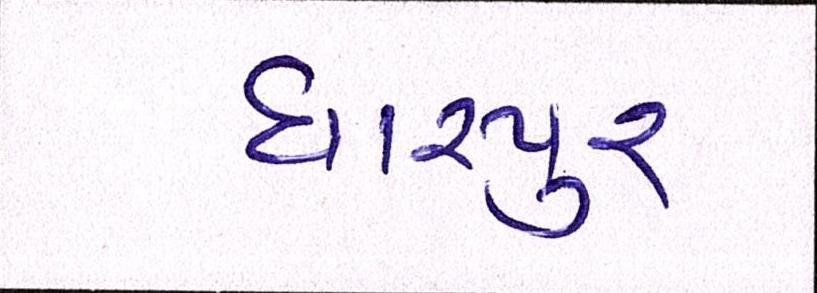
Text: ધારપુર